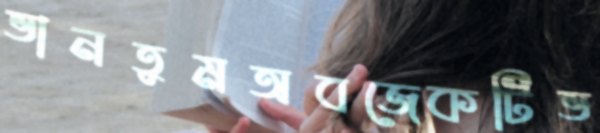
ভানতুমঅবজেকটিভ